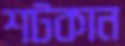
শটকান